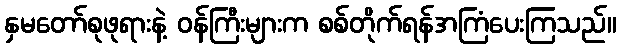
နှမတော်စုဖုရားနဲ့ ဝန်ကြီးများက စစ်တိုက်ရန်အကြံပေးကြသည်။